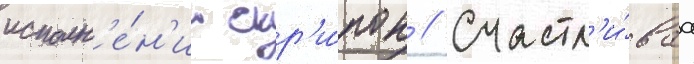
исполн'е́н'ии скр'и́пок // Счастл'и́ваа